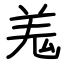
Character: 羗